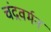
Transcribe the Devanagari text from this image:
चंद्रवर्मन